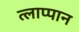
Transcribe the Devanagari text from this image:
त्लाप्पान